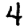
Digit: 4